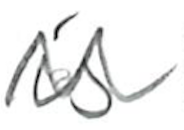
Text: is
Cross-out: zig-zag
Writing tool: pencil